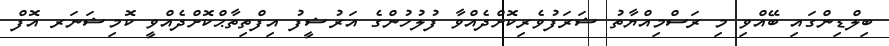
ބިލްޑިންގައި ބޭއްވި މި ރަސްމިއްޔާތު ޝަރަފުވެރިކޮށްދެއްވާ ފުލުހުންގެ އަރުޝީފު އިފްތިތާޙްކޮށްދެއްވީ ކޮމިޝަނަރ އޮފް